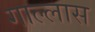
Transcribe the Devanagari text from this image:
गाल्लास